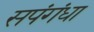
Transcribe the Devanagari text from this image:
सपंगंधा